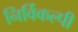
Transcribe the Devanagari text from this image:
निर्विकल्पी